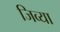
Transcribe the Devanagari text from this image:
जिव्या